Civil Veterinary Department Bihar & Orissa reports 1929-36 - 1929-1936
Year: 1929
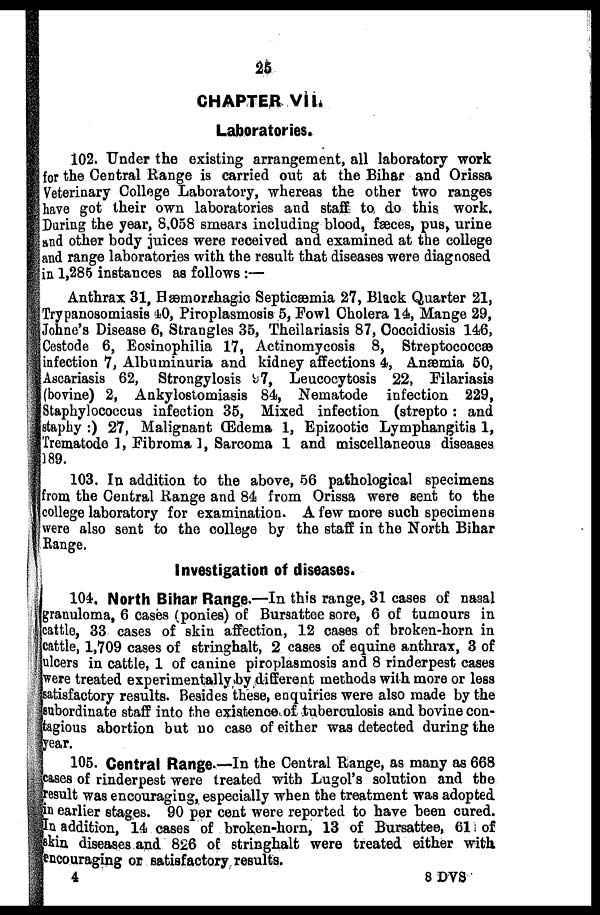
26
CHAPTER VII.
Laboratories.
102. Under the existing arrangement, all laboratory work
for the Central Range is carried out at the Bihar and Orissa
Veterinary College Laboratory, whereas the other two ranges
have got their own laboratories and staff to do this work.
During the year, 8,058 smears including blood, fæces, pus, urine
and other body juices were received and examined at the college
and range laboratories with the result that diseases were diagnosed
in 1,285 instances as follows :—
Anthrax 31, Hæmorrhagic Septicæmia 27, Black Quarter 21,
Trypanosomiasis 40, Piroplasmosis 5, Fowl Cholera 14, Mange 29,
Johne's Disease 6, Strangles 35, Theilariasis 87, Coccidiosis 146,
Cestode 6, Eosinophilia 17, Actinomycosis 8, Streptococcæ
infection 7, Albuminuria and kidney affections 4, Anæmia 50,
Ascariasis 62, Strongylosis 97, Leucocytosis 22, Filariasis
(bovine) 2, Ankylostomiasis 84, Nematode infection 229,
Staphylococcus infection 35, Mixed infection (strepto : and
staphy :) 27, Malignant (Edema 1, Epizootic Lymphangitis 1,
Trematode 1, Fibroma 1, Sarcoma 1 and miscellaneous diseases
189.
103. In addition to the above, 56 pathological specimens
from the Central Range and 84 from Orissa were sent to the
college laboratory for examination. A few more such specimens
were also sent to the college by the staff in the North Bihar
Range.
Investigation of diseases.
104. North Bihar Range.—In this range, 31 cases of nasal
granuloma, 6 cases (ponies) of Bursattee sore, 6 of tumours in
cattle, 33 cases of skin affection, 12 cases of broken-horn in
cattle, 1,709 cases of Stringhalt, 2 cases of equine anthrax, 3 of
ulcers in cattle, 1 of canine piroplasmosis and 8 rinderpest cases
were treated experimentally by different methods with more or less
satisfactory results. Besides these, enquiries were also made by the
subordinate staff into the existence of tuberculosis and bovine con-
tagious abortion but no case of either was detected during the
year.
105. Central Range.—In the Central Range, as many as 668
cases of rinderpest were treated with Lugol's solution and the
result was encouraging, especially when the treatment was adopted
in earlier stages. 90 per cent were reported to have been cured.
In addition, 14 cases of broken-horn, 13 of Bursattee, 61 of
skin diseases and 826 of stringhalt were treated either with
encouraging or satisfactory results.
8 DVS